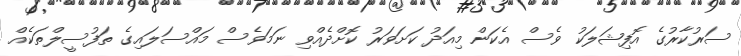
ސަރުކާރުގެ އޮފިޝަލަކު ވެސް އެކަން މިއަދު ކަށަވަރު ކޮށްދެއްވި ނަމަވެސް މައްސަލައިގެ ތަފުސީލްތަކެއް